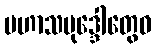
မဟာသမုဒ္ဒေါတွေဝ